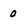
Character: 0